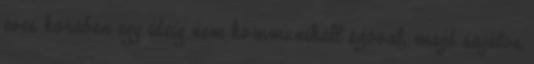
éves korában egy ideig nem kommunikált szóval, majd sajátos